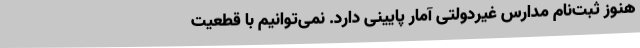
هنوز ثبت‌نام مدارس غیردولتی آمار پایینی دارد. نمی‌توانیم با قطعیت